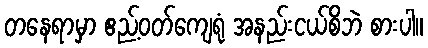
တနေရာမှာ ဧည့်ဝတ်ကျေရုံ အနည်းငယ်စိဘဲ စားပါ။